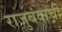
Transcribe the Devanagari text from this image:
राजुबंवाची